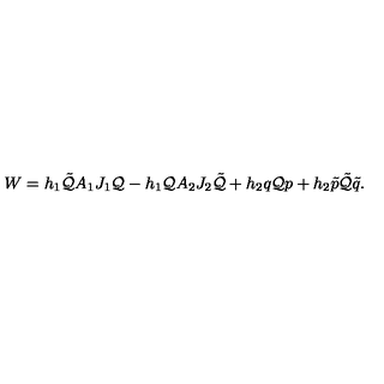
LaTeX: W = h _ { 1 } \tilde { \cal Q } A _ { 1 } J _ { 1 } { \cal Q } - h _ { 1 } { \cal Q } A _ { 2 } J _ { 2 } \tilde { \cal Q } + h _ { 2 } q { \cal Q } p + h _ { 2 } \tilde { p } \tilde { \cal Q } \tilde { q } .